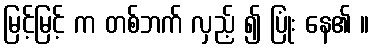
မြင့်မြင့် က တစ်ဘက် လှည့် ၍ ပြုံး နေ၏ ။